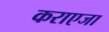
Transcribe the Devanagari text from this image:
कराएजा